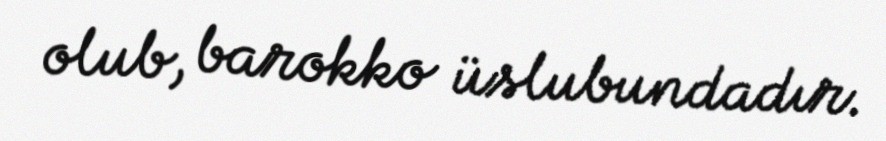
olub, barokko üslubundadır.